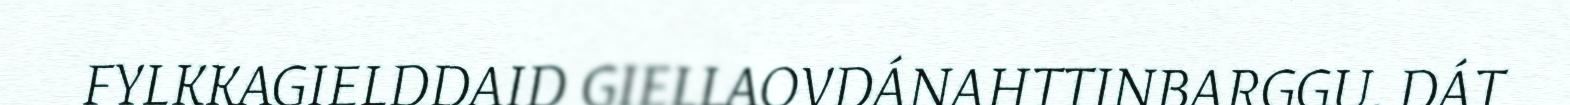
FYLKKAGIELDDAID GIELLAOVDÁNAHTTINBARGGU. DÁT